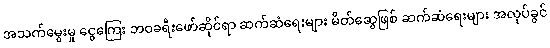
အသက်မွေးမှု ငွေကြေး ဘဝခရီးဖော်ဆိုင်ရာ ဆက်ဆံရေးများ မိတ်ဆွေဖြစ် ဆက်ဆံရေးများ အလုပ်ခွင်